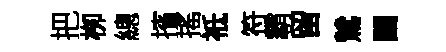
把栁總擯搖祗符霸留鷥闉